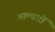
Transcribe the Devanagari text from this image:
आल्वारों